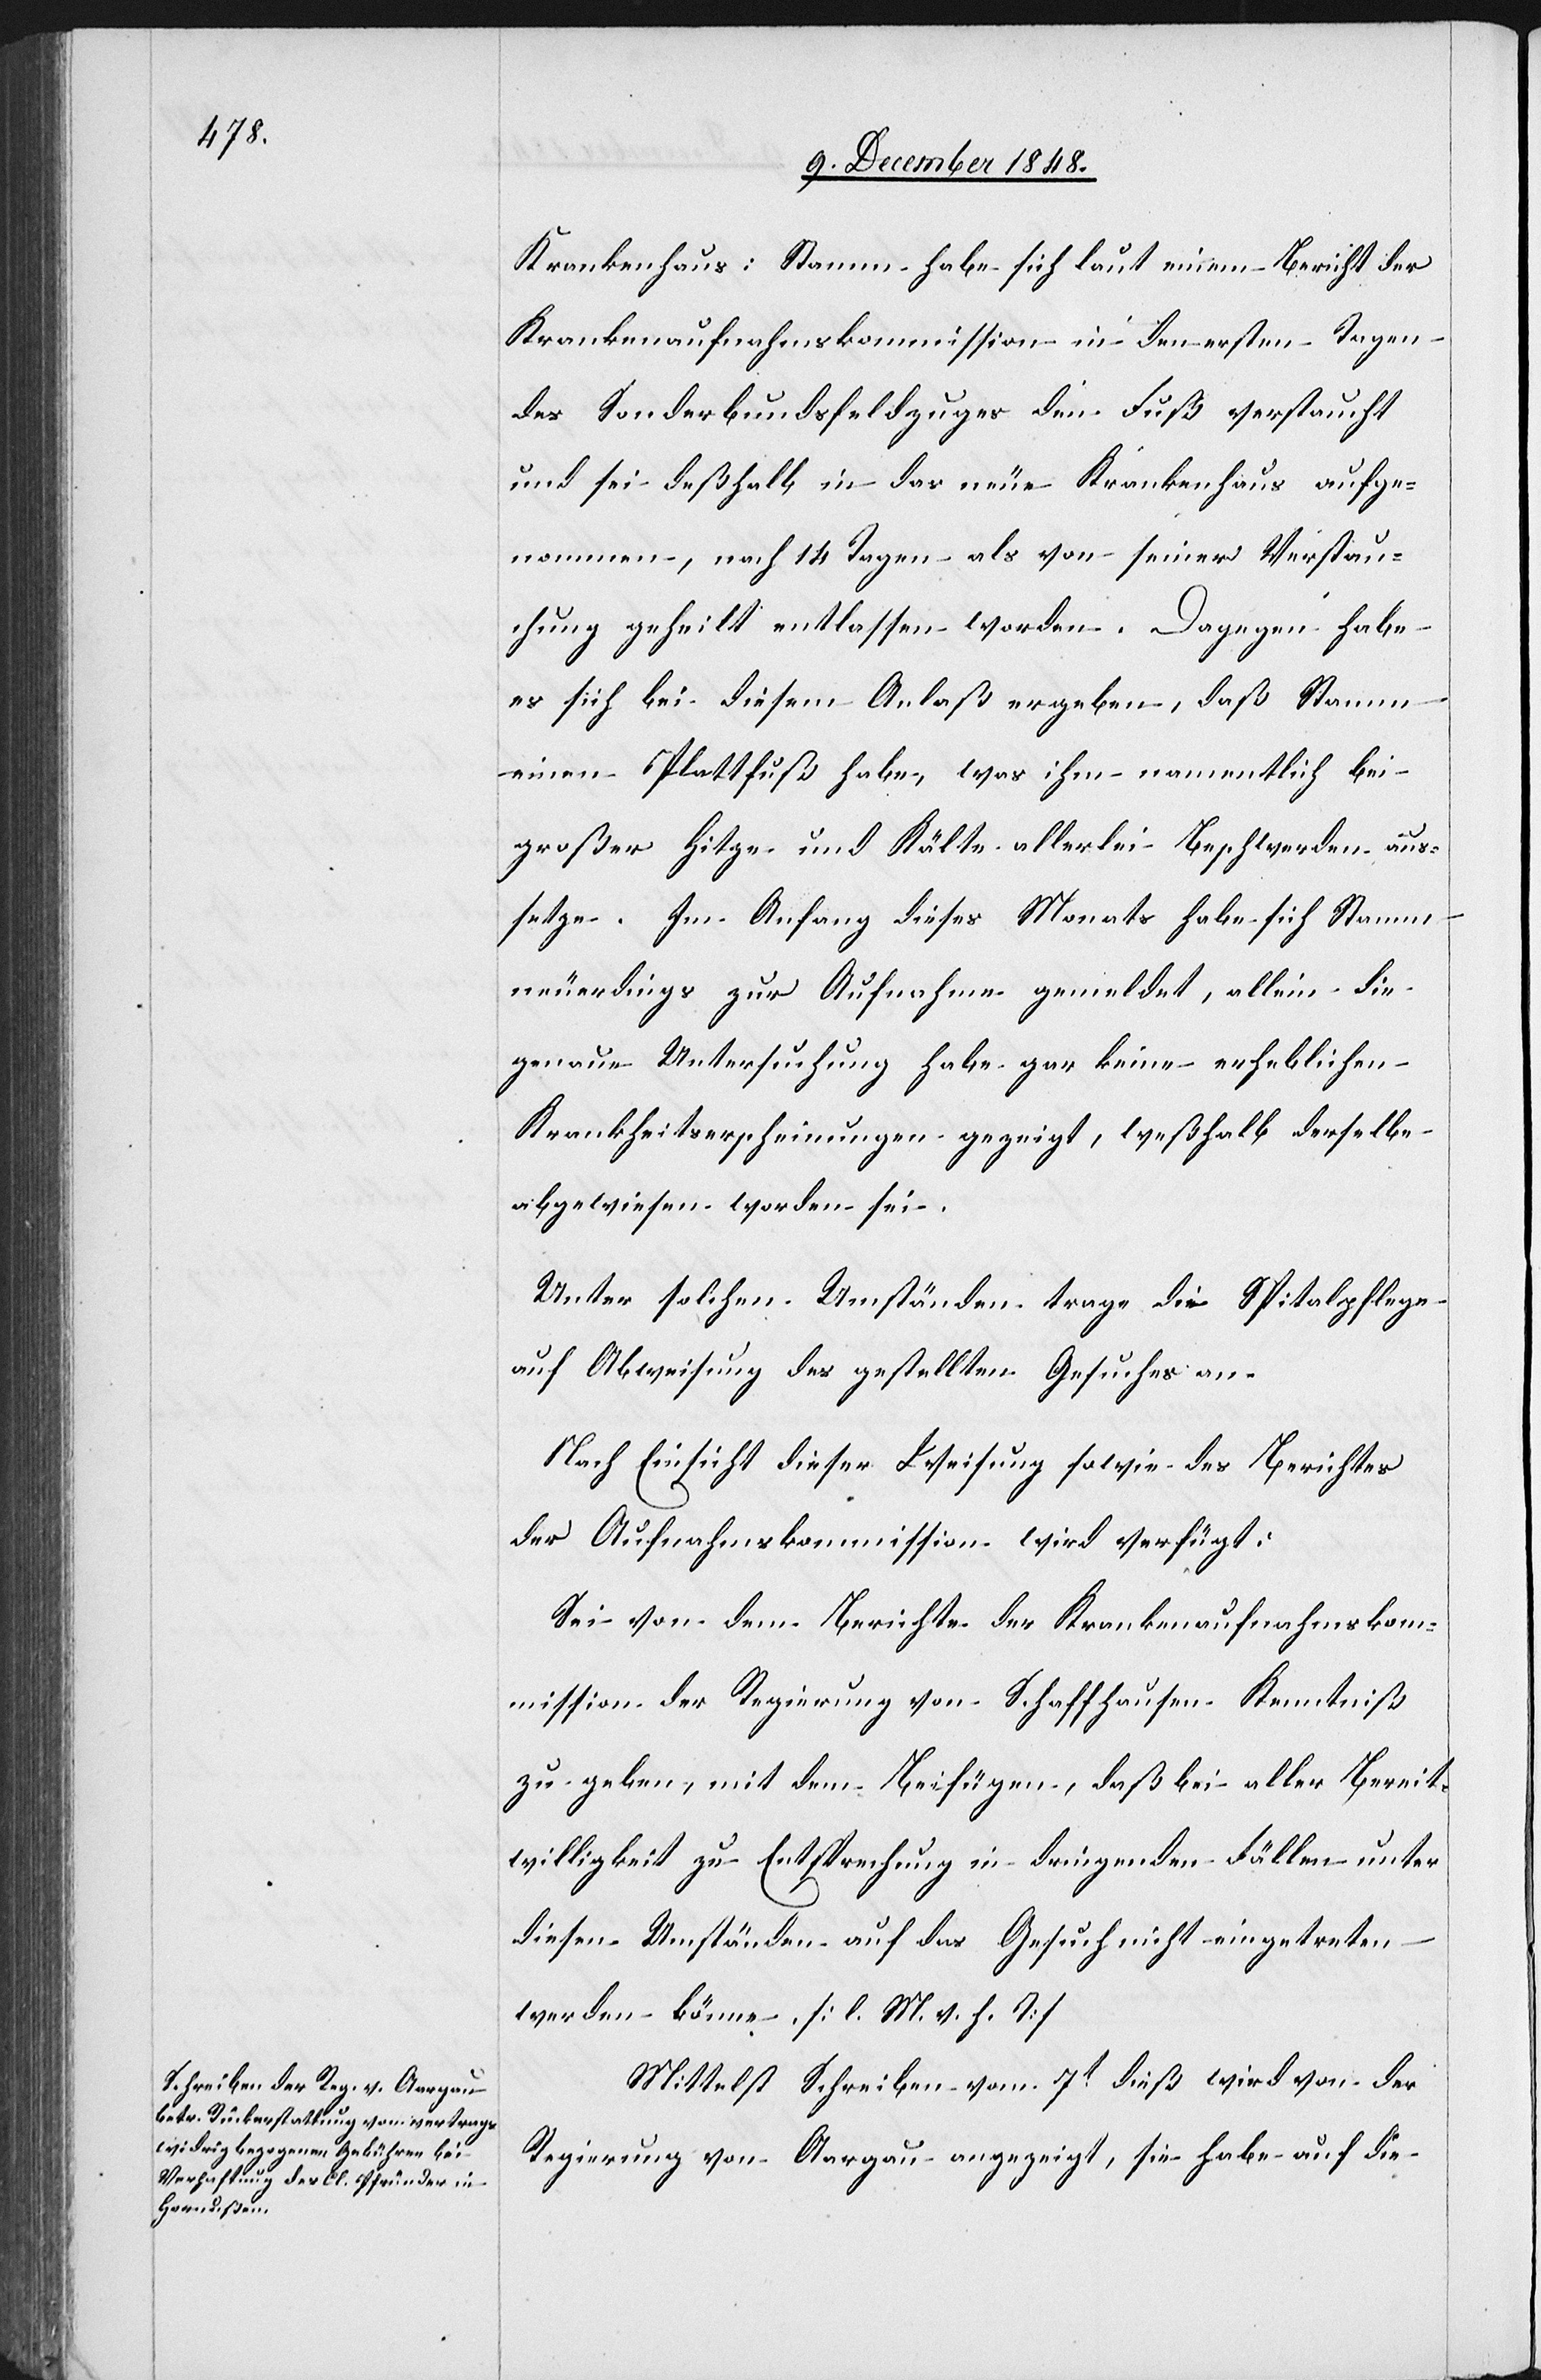
11t December 1848.]
Krankenhaus: Stamm habe sich laut einem Bericht der
Krankenaufnahmskommission in den ersten Tagen
des Sonderbundsfeldzuges den Fuß verstaucht
und sei deßhalb in das neue Krankenhaus aufge¬
nommen, nach 14 Tagen als von seiner Verstau¬
chung geheilt entlassen worden. Dagegen habe
es sich bei diesem Anlaß ergeben, daß Stamm
einen Plattfuß habe, was ihm namentlich bei
großer Hitze und Kälte allerlei Beschwerden aus¬
setze. Im Anfang dieses Monats habe sich Stamm
neuerdings zur Aufnahme gemeldet, allein die
genaue Untersuchung habe gar keine erheblichen
Krankheitserscheinungen gezeigt, weßhalb derselbe
abgewiesen worden sei.
Unter solchen Umständen trage die Spitalpflege
auf Abweisung des gestellten Gesuches an.
Nach Einsicht dieser Weisung sowie des Berichtes
der Aufnahmskommission wird verfügt:
Sei von dem Berichte der Krankenaufnahmskom¬
mission der Regierung von Schaffhausen Kenntniß
zu geben, mit dem Beifügen, daß bei aller Bereit¬
willigkeit zu Entsprechung in dringenden Fällen unter
diesen Umständen auf das Gesuch nicht eingetreten
werden könne. [l. M. v. h. T]
Mittelst Schreiben vom 7t dieß wird von der
Regierung von Aargau angezeigt, sie habe auf die